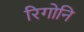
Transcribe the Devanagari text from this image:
रिगोनि